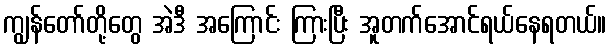
ကျွန်တော်တို့တွေ အဲဒီ အကြောင်း ကြားပြီး အူတက်အောင်ရယ်နေရတယ်။